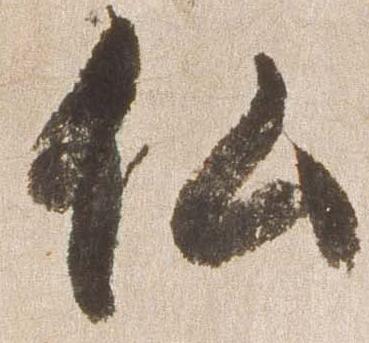
仏